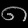
Digit: ၈